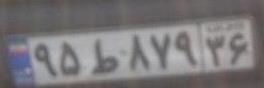
۹۵ط۸۷۹۳۶